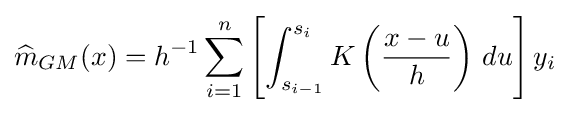
{\widehat {m}}_{GM}(x)=h^{-1}\sum _{i=1}^{n}\left[\int _{s_{i-1}}^{s_{i}}K\left({\frac {x-u}{h}}\right)\,du\right]y_{i}